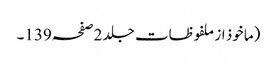
(ماخوذ از ملفوظات جلد 2صفحہ139۔